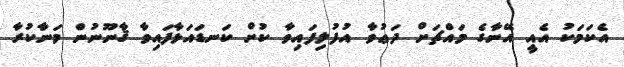
އެކަމަކު އެއީ އޭނާގެ މައްޗަށް ދަޢުވާ އުފުލިފައިވާ ކުށް ކަނޑައަޅާފައިވާ ޤާނޫނުން މަނާކުރާ